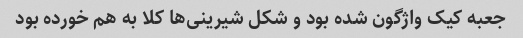
جعبه کیک واژگون شده بود و شکل شیرینی‌ها کلا به هم خورده بود